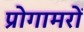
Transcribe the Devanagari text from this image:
प्रोगामरों